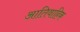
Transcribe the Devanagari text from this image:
आतिवाहिक